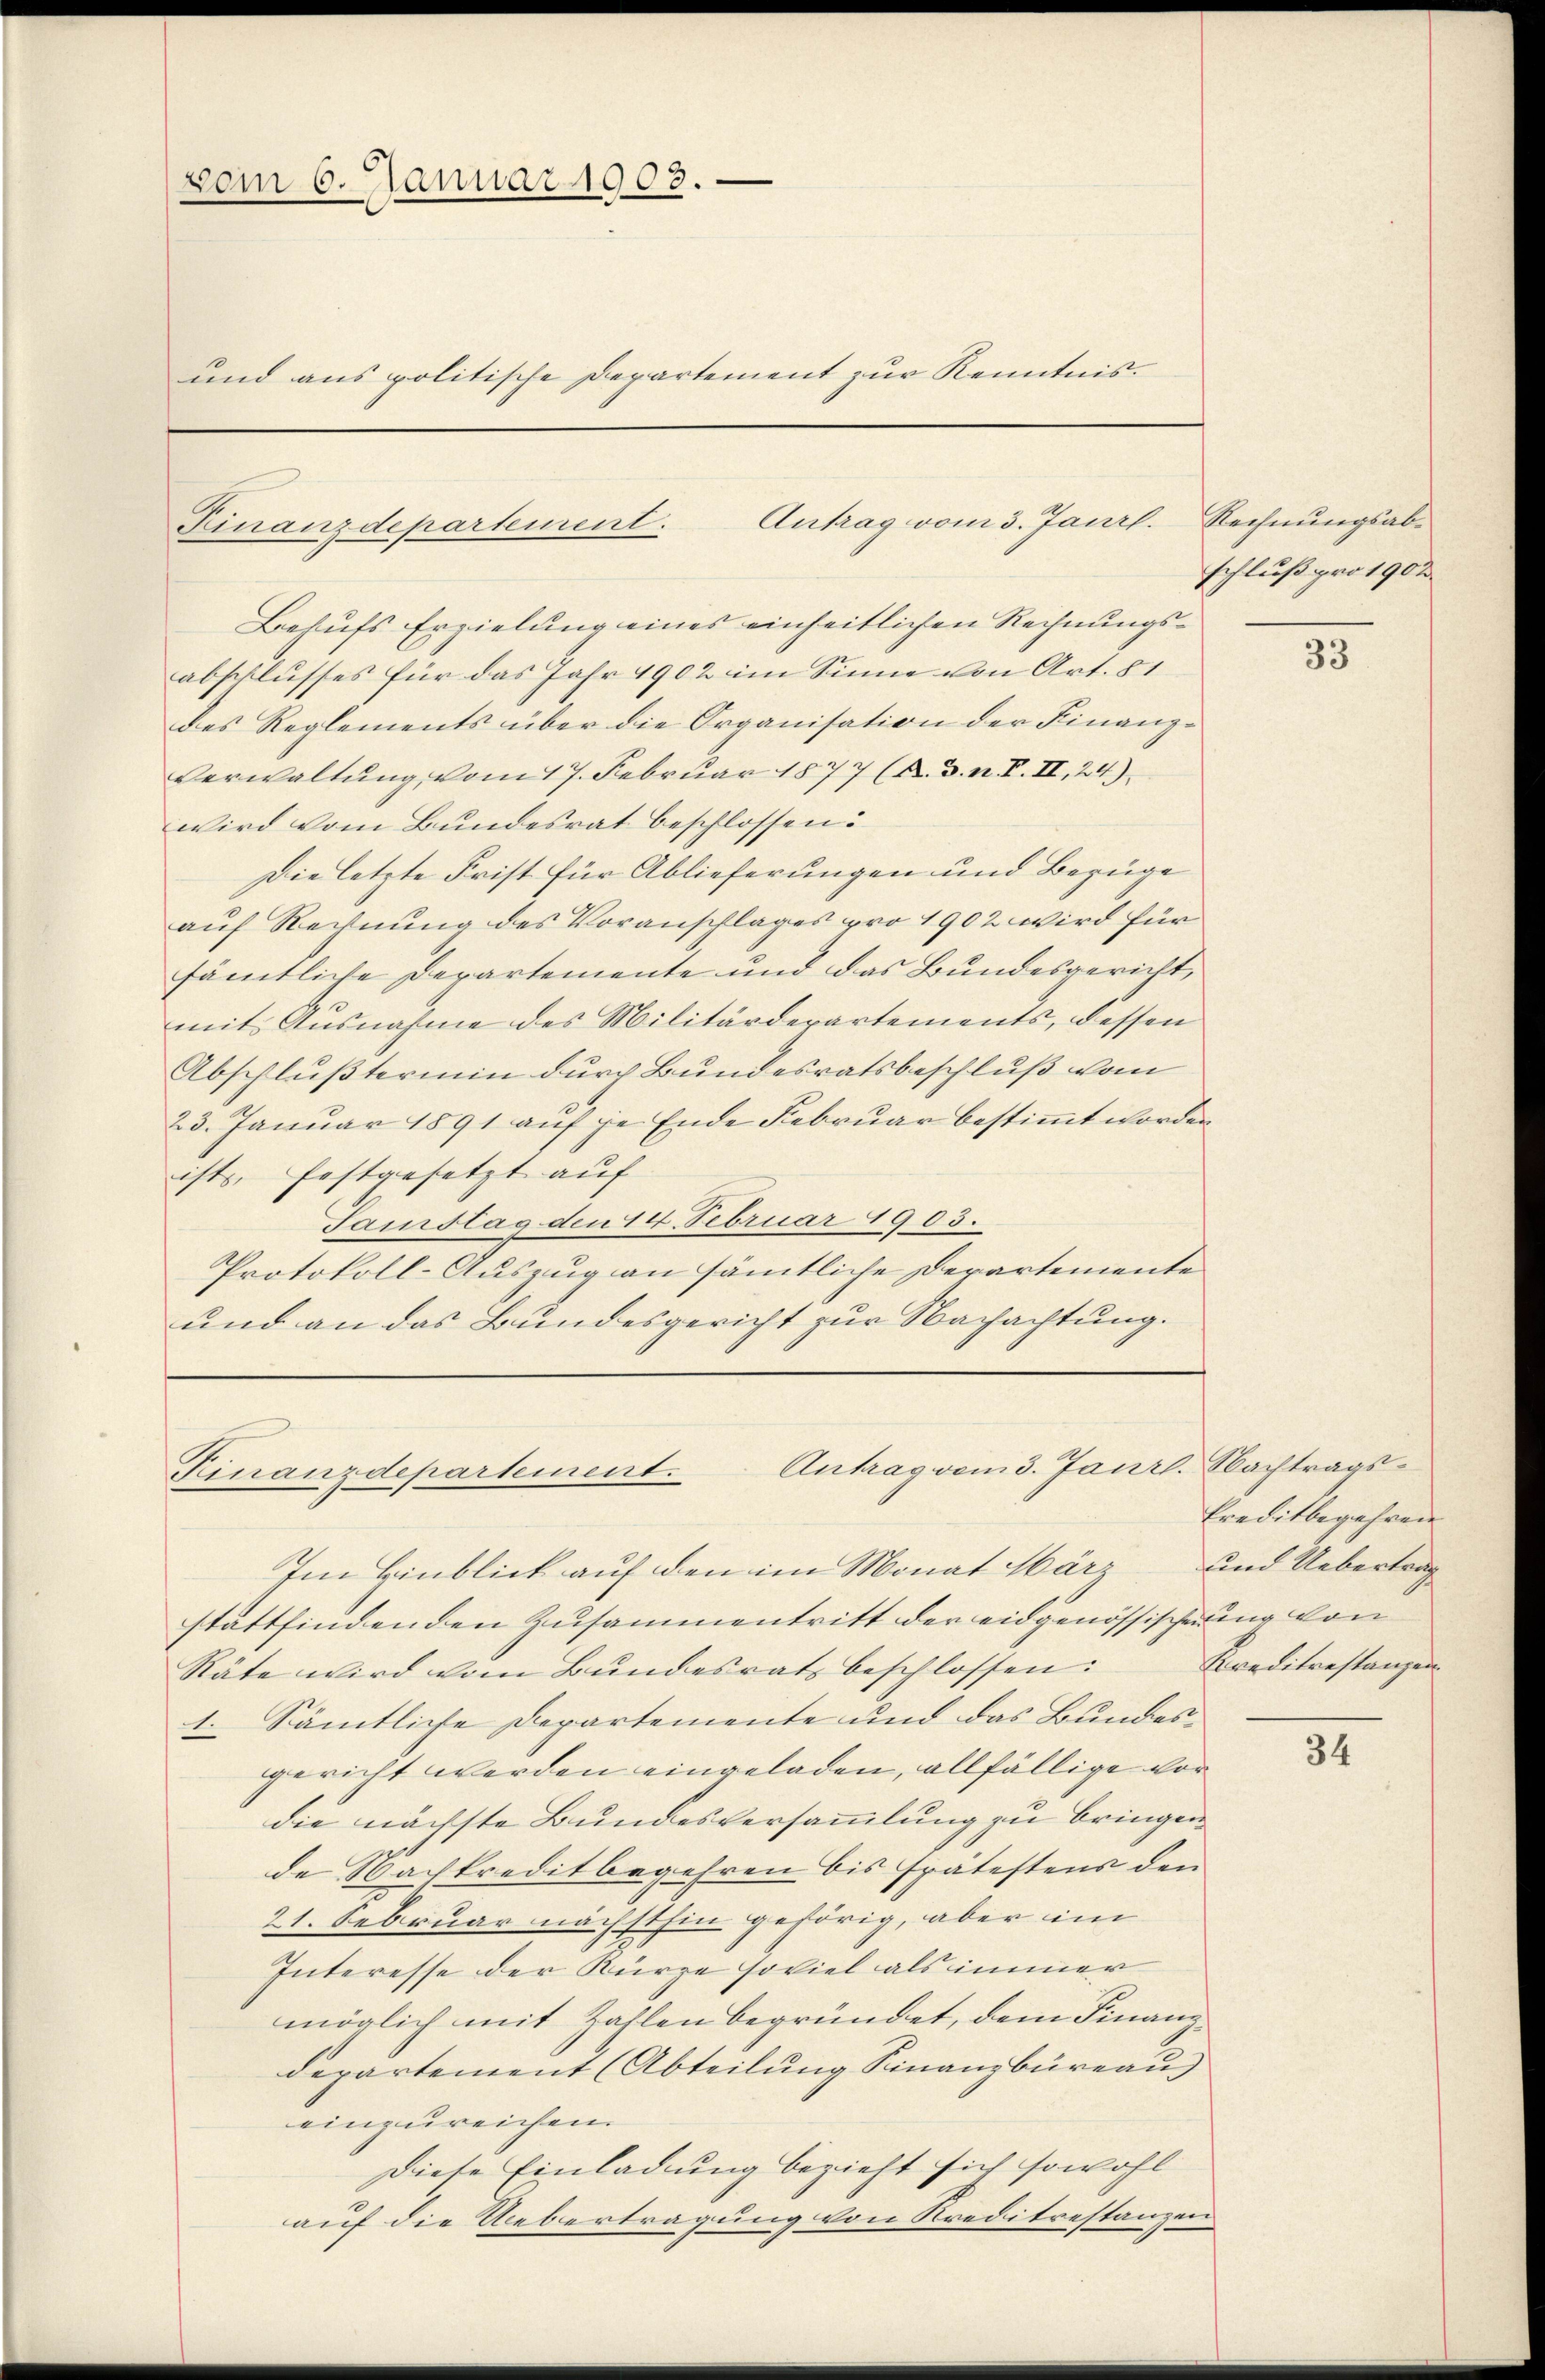
vom 6. Januar 1903.
und aus politische Departement zur Kenntnis.

Antrag vom 3. Janrl.
Finanzdepartement.

Behufs Erzielung eines einheitlichen Rechnungsabschlusses für das Jahr 1902 im Sinne von Art. 81
des Reglements über die Organisation der Finanz¬
Verwaltung vom 17. Februar 1877 (K. 3. n. F. II, 24)
wird vom Bundesrat beschlossen:
Die letzte Frist für Ablieferungen und Bezüge
auf Rechnung des Voranschlages pro 1902 wird für
sämtliche Departemente und das Bundesgericht,
mit Ausnahme des Militärdepartements, dessen
Abschlußtermin durch Bundesratsbeschluß vom
23. Januar 1891 auf je Ende Februar bestimmt worden
ists, festgesetzt auf
Samstag den 14. Februar 1903.
Protokoll-Auszug an sämtliche Derartemente
und an das Bundesgericht zur Nachachtung.

Antrag vom 3. Janzl. Nachtrags¬
Finanzdepartement.

Im Einblick auf den im Monat März und Uebertrag
stattfindenden Zusammentritt der eidgenössischerung von
Räte wird vom Bŭndesrath beschlossen: Kreditrestanzen
1. Sämtliche Departemente und das Bundesgericht werden eingeladen, allfällige vor
die nächste Bundesversammlung zu bringen
de Nachkreditbegehren bis spätestens den
21. Februar nächsthin gehörig, aber im
Interesse der Kürze soviel als immer
möglich mit Zahlen begründet, dem Finanz-
departement (Abteilung Finanzbüreaus
einzureichen.
Diese Einladung bezieht sich sowohl
auf die Uebertragung von Kreditrestanzen

Rechnungsabschluß pro 1902

33

Freditbegehren

31